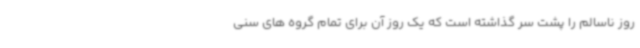
روز ناسالم را پشت سر گذاشته است که یک روز آن برای تمام گروه های سنی